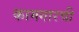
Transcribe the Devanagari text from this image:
कामगारची